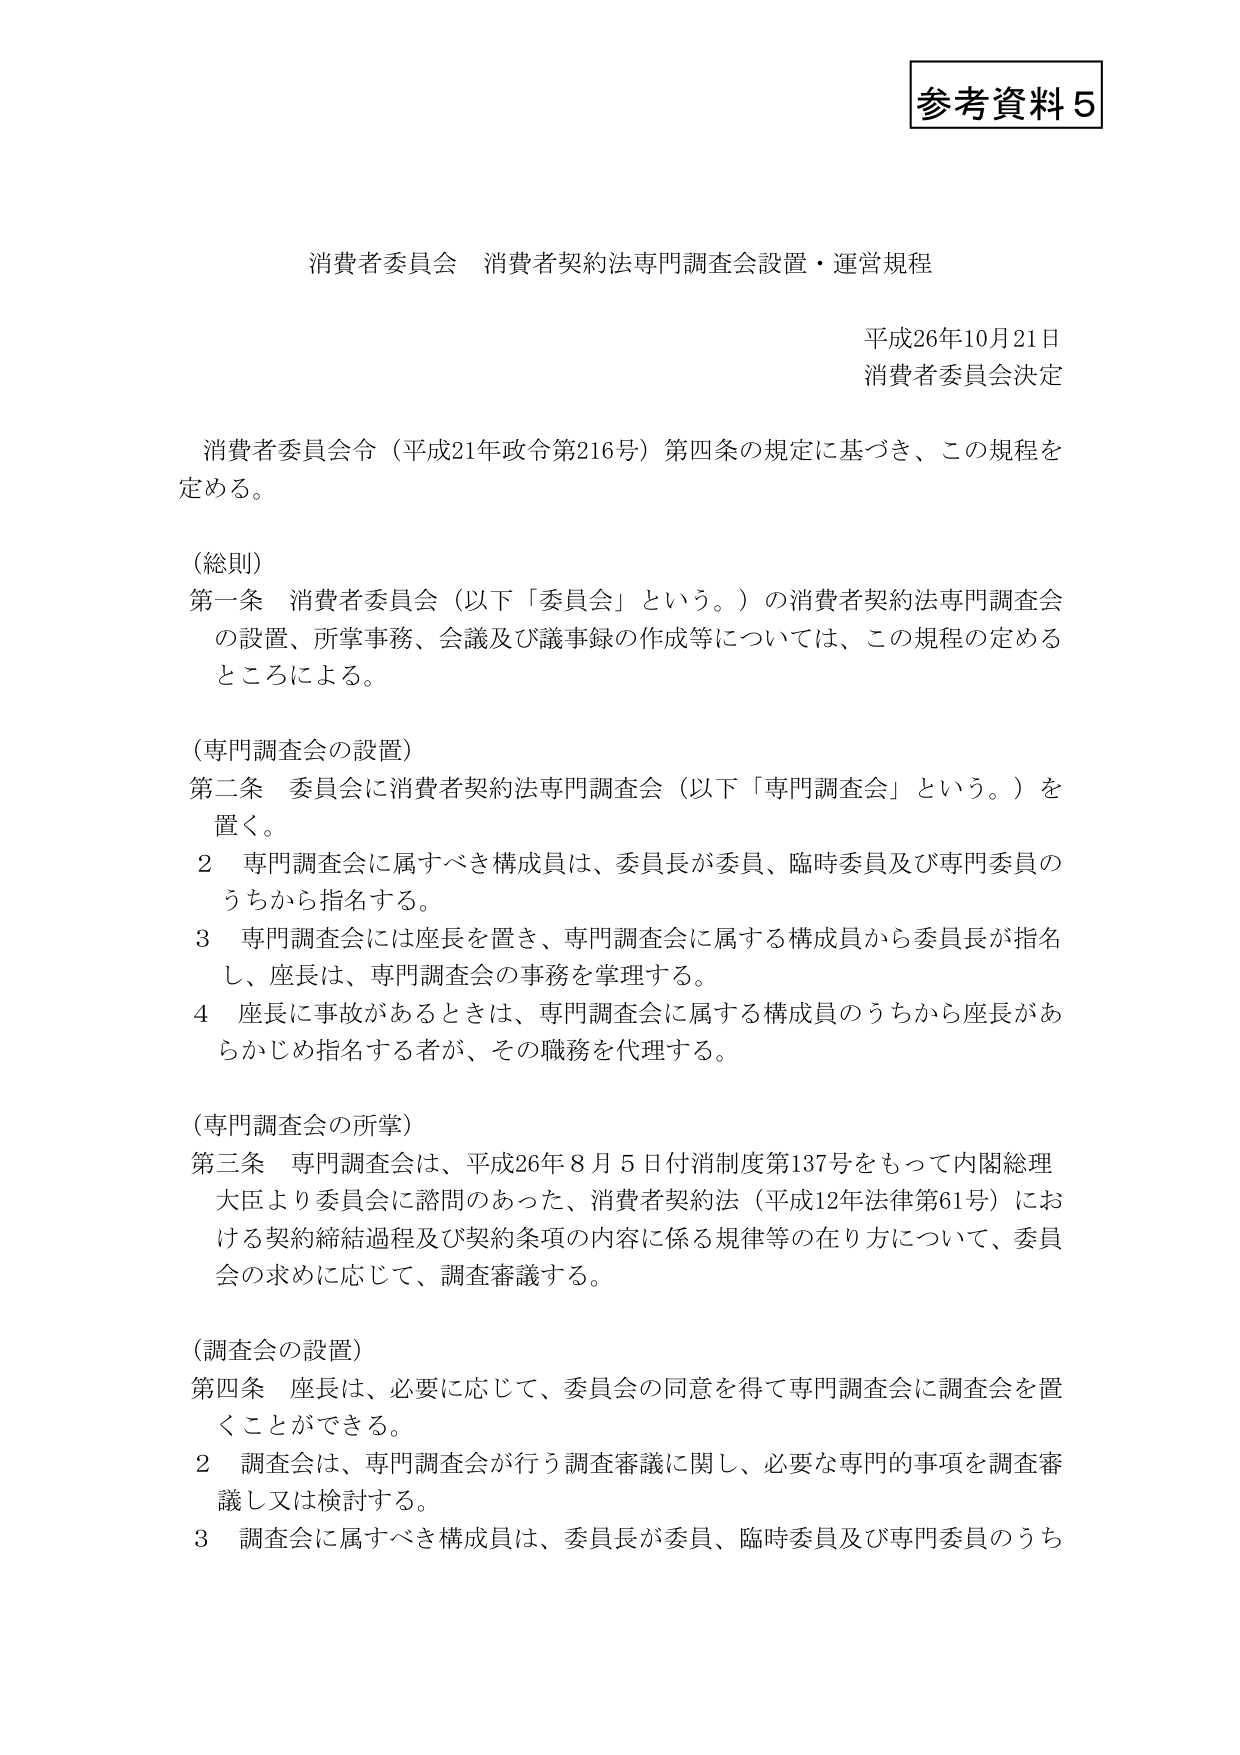
参考資料５

消費者委員会 消費者契約法専門調査会設置・運営規程

平成26年10月21日
消費者委員会決定

消費者委員会令（平成21年政令第216号）第四条の規定に基づき、この規程を定める。

（総則）
第一条 消費者委員会（以下「委員会」という。）の消費者契約法専門調査会の設置、所掌事務、会議及び議事録の作成等については、この規程の定めるところによる。

（専門調査会の設置）
第二条 委員会に消費者契約法専門調査会（以下「専門調査会」という。）を置く。
２ 専門調査会に属すべき構成員は、委員長が委員、臨時委員及び専門委員のうちから指名する。
３ 専門調査会には座長を置き、専門調査会に属する構成員から委員長が指名し、座長は、専門調査会の事務を掌理する。
４ 座長に事故があるときは、専門調査会に属する構成員のうちから座長があらかじめ指名する者が、その職務を代理する。

（専門調査会の所掌）
第三条 専門調査会は、平成26年８月５日付消制度第137号をもって内閣総理大臣より委員会に諮問のあった、消費者契約法（平成12年法律第61号）における契約締結過程及び契約条項の内容に係る規律等の在り方について、委員会の求めに応じて、調査審議する。

（調査会の設置）
第四条 座長は、必要に応じて、委員会の同意を得て専門調査会に調査会を置くことができる。
２ 調査会は、専門調査会が行う調査審議に関し、必要な専門的事項を調査審議し又は検討する。
３ 調査会に属すべき構成員は、委員長が委員、臨時委員及び専門委員のうち